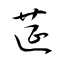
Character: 莚